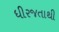
ધીરજતાથી